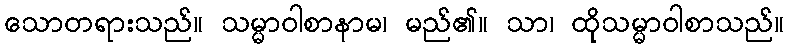
သောတရားသည်။ သမ္မာဝါစာနာမ၊ မည်၏။ သာ၊ ထိုသမ္မာဝါစာသည်။